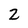
Character: 2